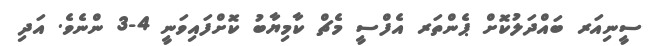
ސީނިއަރ ބައްދަލުކޮށް ޕެންތަރ އެފްސީ މެޗް ކާމިޔާބު ކޮށްފައިވަނީ 4-3 ންނެވެ. އަދި